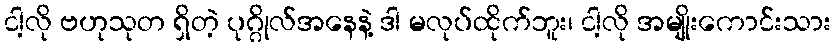
ငါ့လို ဗဟုသုတ ရှိတဲ့ ပုဂ္ဂိုလ်အနေနဲ့ ဒါ မလုပ်ထိုက်ဘူး၊ ငါ့လို အမျိုးကောင်းသား